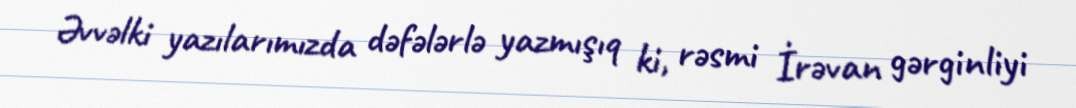
Əvvəlki yazılarımızda dəfələrlə yazmışıq ki, rəsmi İrəvan gərginliyi